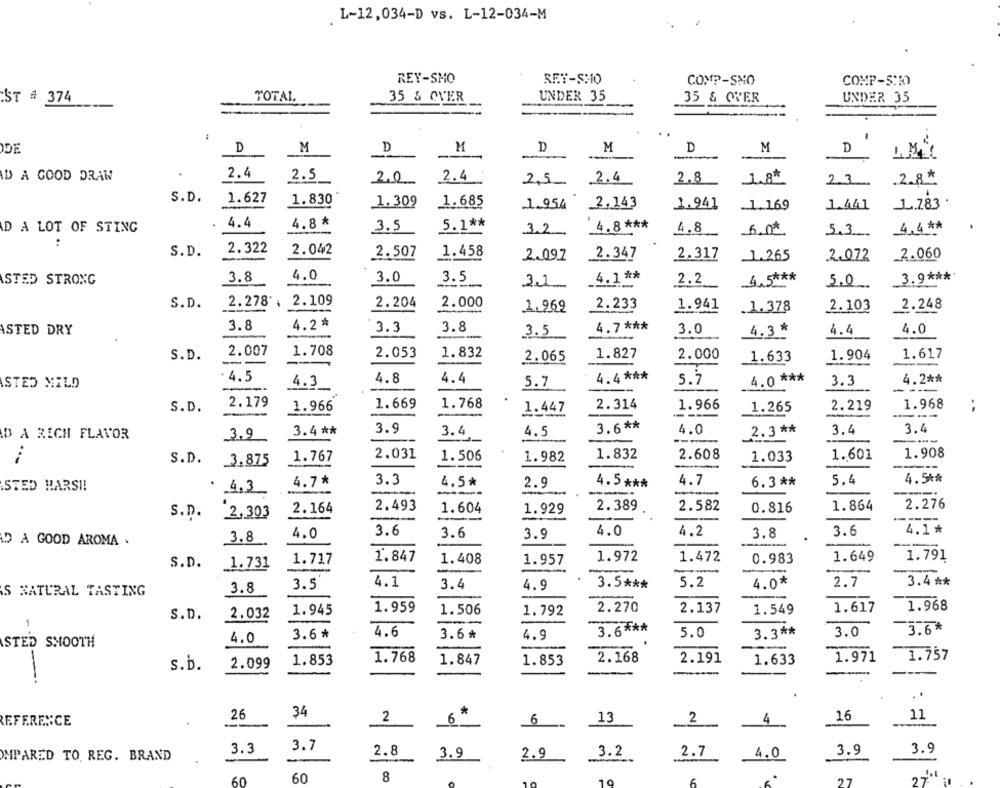
L-12,034-D vs. L-12-034-M
REY-SMO
RET-SHO
COMP-SHO
COMP-SIO
:ST # 374
TOTAL
35 & OVER
UNDER 35
35 & OVER
UNDER 35
-
DE
D
M
D
M
M
D
M
D
D
D A GOOD DRAW
2.4
2.5
2.0
2.4
2,5 2.4
2.8
1.8*
2.3
.2.8
S.D.
1.627
1.830
1.309
1.685
1.954
2,143
1.941
1.783 .
.1.169
1.441
D A LOT OF STING
4.4
4.8*
3.5
5.1 **
4.8 ***
4,4 **
3.2
4.8
5.3.
:
S.D.
2.322
2.042
2.507
1.458
2.097
2.347
2.317
_1.265
2.072
2.060
4.0
STED STRONG
3.8
3.0
3.5
31
4.1 **
2.2
4.5 ***
5.0
3.9 ****
S.D.
2.278. 2.109
2.204
2.000
2.233
1.941
2.103
2.248
1.969
.1.378
ASTED DRY
3.8
4.2*
3.3
3.8
4.7 ***
3.0
4.3*
4.4
4.0
3.5
S.D.
2.007
1.708
2.053
1.832
2.000
1.904
1.617
--
2.065
1.827
1.633
- 4.5
4.8
4.4
4.4 ***
ISTED MILD
4.3
5.7
5.7
4.0 ***
3.3
4.2 **
---
S.D.
2.179
1.966
1.669
1.768
1.447
2.314
1.966
1.265
2.219
1.968
:
3.4 **
3.9
3.4
4.5
3.6 **
4.0
2.3 **
3.4
3.4
D A RICH FLAVOR
3.9
--
--
2.031
1.982
1.832
2.608
1.033
1.601
1.908
S.D.
3.875
1.767
1.506
-
-
3.3
4.7
5.4
4.5 **
STED HARSH!
4.7*
4.5*
2.9
4.5 ***
6.3 **
-
2.164
2.493
1.604
1.929
2.389
2.582
0.816
1.864
2.276
S.D.
2,303
4.0
3.6
3.6
3.9
4.0
4.2
3.8
3.6
4.1*
D A GOOD AROMA .
3.8
-
1.847
1.408
1.972
1.472
0.983
1.649
1.791
S.D.
1.731
1.717
1.957
4.1
5.2
4.0*
3.4 **
3.8
3.5
3.4
4.9
3.5 ***
2.7
S NATURAL TASTING
1.968
S.D.
2.032
1.945
1.959
1.506
1.792
2.270
2.137
1.549
1.617
.-- 0
3.6 ***
3.6*
3.6*
4.6
3.6*
4.9
5.0
3.3 **
3.0
STED SMOOTH
4.0
.
1.853
1.768
1.847
1.853
2.168
2.191
1.633
1.971
1.757
S.D.
2.099
-
*
26
34
2
2
4
16
11
6
6
13
3.3
3.7
3.
MPARED TO. REG. BRAND
2.8
3.9
2.9
3.2
2.7
4.0
3.9
60
8
10
27